Indian journal of veterinary science and animal husbandry - Volumes 24-25, 1954-1955
Year: 1954
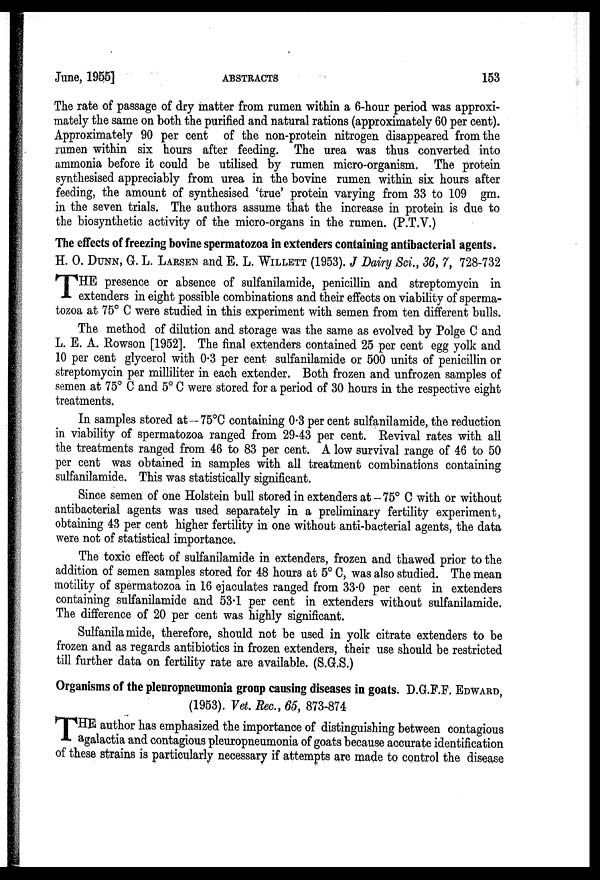
June, 1955]
ABSTRACTS
153
The rate of passage of dry matter from rumen within a 6-hour period was approxi-
mately the same on both the purified and natural rations (approximately 60 per cent).
Approximately 90 per cent of the non-protein nitrogen disappeared from the
rumen within six hours after feeding. The urea was thus converted into
ammonia before it could be utilised by rumen micro-organism. The protein
synthesised appreciably from urea in the bovine rumen within six hours after
feeding, the amount of synthesised 'true' protein varying from 33 to 109 gm.
in the seven trials. The authors assume that the increase in protein is due to
the biosynthetic activity of the micro-organs in the rumen. (P.T.V.)
The effects of freezing bovine spermatozoa in extenders containing antibacterial agents.
H. O. DUNN, G. L. LARSEN and E. L. WILLETT (1953). J Dairy Sci., 36, 7, 728-732
T HE presence or absence of sulfanilamide, penicillin and streptomycin in
extenders in eight possible combinations and their effects on viability of sperma-
tozoa at 75° C were studied in this experiment with semen from ten different bulls.
The method of dilution and storage was the same as evolved by Polge C and
L. E. A. Rowson [1952]. The final extenders contained 25 per cent egg yolk and
10 per cent glycerol with 0.3 per cent sulfanilamide or 500 units of penicillin or
streptomycin per milliliter in each extender. Both frozen and unfrozen samples of
semen at 75° C and 5° C were stored for a period of 30 hours in the respective eight
treatments.
In samples stored at–75°C containing 0.3 per cent sulfanilamide, the reduction
in viability of spermatozoa ranged from 29-43 per cent. Revival rates with all
the treatments ranged from 46 to 83 per cent. A low survival range of 46 to 50
per cent was obtained in samples with all treatment combinations containing
sulfanilamide. This was statistically significant.
Since semen of one Holstein bull stored in extenders at–75° C with or without
antibacterial agents was used separately in a preliminary fertility experiment,
obtaining 43 per cent higher fertility in one without anti-bacterial agents, the data
were not of statistical importance.
The toxic effect of sulfanilamide in extenders, frozen and thawed prior to the
addition of semen samples stored for 48 hours at 5° C, was also studied. The mean
motility of spermatozoa in 16 ejaculates ranged from 33.0 per cent in extenders
containing sulfanilamide and 53.1 per cent in extenders without sulfanilamide.
The difference of 20 per cent was highly significant.
Sulfanilamide, therefore, should not be used in yolk citrate extenders to be
frozen and as regards antibiotics in frozen extenders, their use should be restricted
till further data on fertility rate are available. (S.G.S.)
Organisms of the pleuropneumonia group causing diseases in goats. D.G.F.F. EDWARD,
(1953). Vet. Rec., 65, 873-874
T HE author has emphasized the importance of distinguishing between contagious
agalactia and contagious pleuropneumonia of goats because accurate identification
of these strains is particularly necessary if attempts are made to control the disease